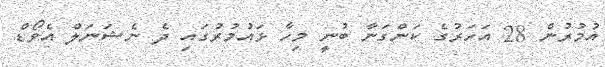
އުމުރުން 28 އަހަރުގެ ކަންގަނާ ބުނީ މިހާ ޅައުމުރުގައި ދެ ނެޝަނަލް އެވޯޑް